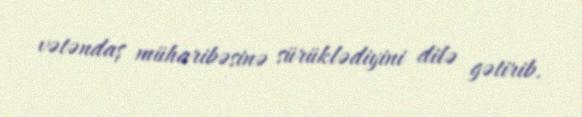
vətəndaş müharibəsinə sürüklədiyini dilə gətirib.